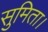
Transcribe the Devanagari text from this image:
सुमिता।